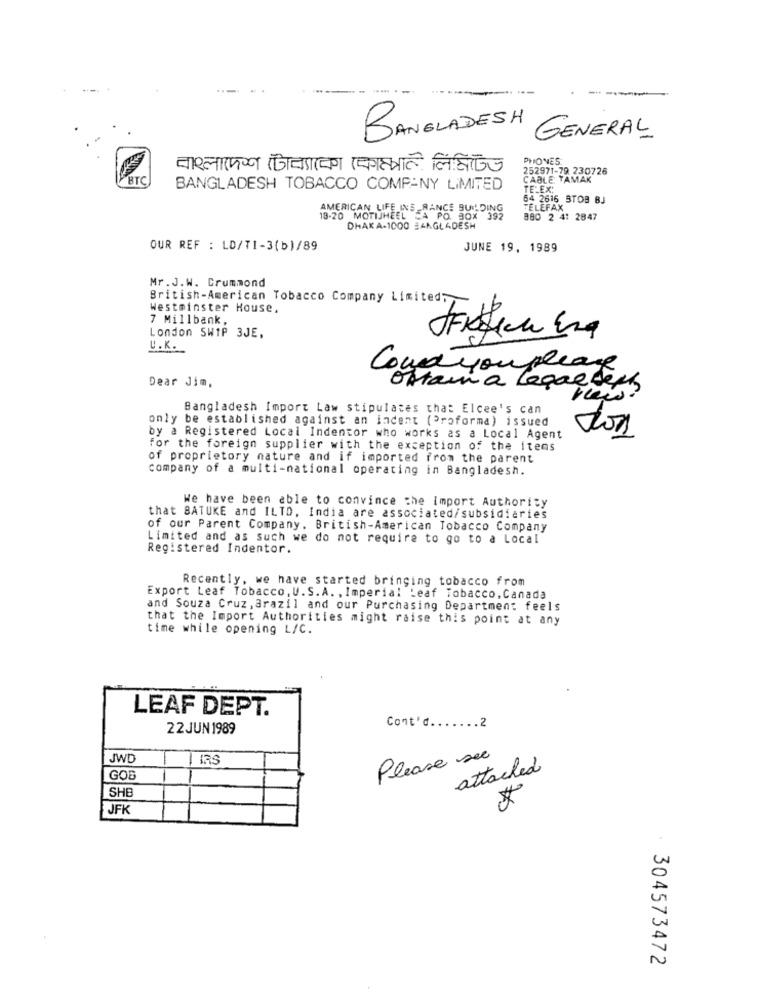
BANGLADESH
GENERAL
PHONES
252971-79 230726
BTC
CABLE TAMAK
BANGLADESH TOBACCO COMPANY LIMITED
TE-EX:
54 2616 STOB BJ
AMERICAN LIFE INS RANCE BUILDING
TELEFAX
18-20 MOTIJHEEL JA PO. BOX
880 2 4: 2847
DHAKA-1000 BANGLADESH
OUR REF : LD/T1-3(b)/89
JUNE 19, 1989
Mr.J.W. Crummond
British-American Tobacco Company Limited;
Westminster House.
7 Millbank,
London SWIP 3JE,
U.K.
Couldyouplease
Dear Jim,
obtain a Leggeder
new?
Bangladesh Import Law stipulates that Elcee's can
only be established against an incent (Proforma) issued
5
by a Registered Local Indentor who works as a Local Agent
for the foreign supplier with the exception of the itens
of proprietory nature and if imported from the parent
company of a multi-national operating in Bangladesh.
We have been able to convince the import Authority
that BATUKE and ILTD, India are associated/subsidiaries
of our Parent Company. British-American Tobacco Company
Limited and as Such we do not require to go to a Local
Registered Indentor.
Recently, we have started bringing tobacco from
Export Leaf Tobacco, U.S.A. , Imperial Leaf Tobacco, Canada
and Souza Cruz , Brazil and our Purchasing Department feels
that the Import Authorities might raise this point at any
time while opening L/C.
LEAF DEPT.
22 JUN 1989
Cont'd ....... 2
JWD
Please see
attached
GOS
SHB
*
JFK
304573472